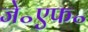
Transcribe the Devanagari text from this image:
जे॰एफ॰